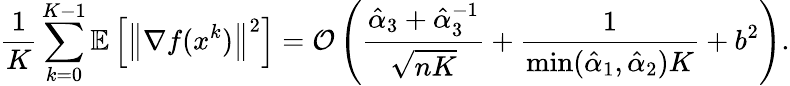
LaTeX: \frac{1}{K}\sum_{k=0}^{K-1}\mathbb{E}\left[\left\| \nabla f(x^{k})\right\| ^{2}\right]=\mathcal{O}\left(\frac{\hat{\alpha}_{3}+\hat{\alpha}_{3}^{-1}}{\sqrt{nK}}+\frac{1}{\operatorname*{min}(\hat{\alpha}_{1},\hat{\alpha}_{2})K}+{b^{2}}\right).